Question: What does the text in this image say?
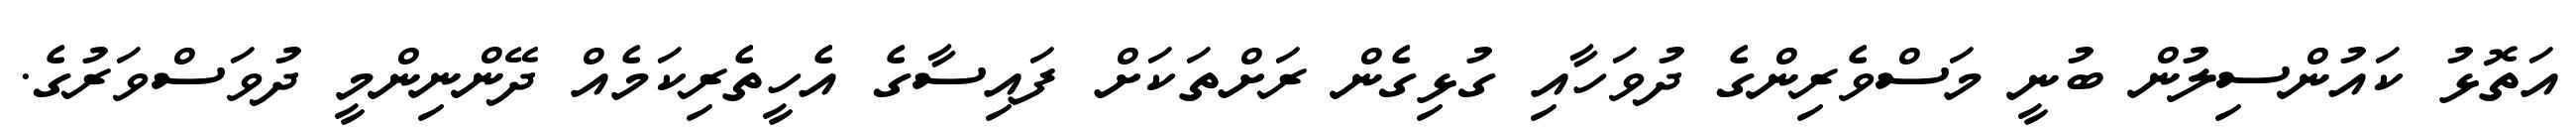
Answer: އަތޮޅު ކައުންސިލުން ބުނީ މަސްވެރިންގެ ދުވަހާއި ގުޅިގެން ރަށްތަކަށް ފައިސާގެ އެހީތެރިކަމެއް ދޭންނިންމީ ދުވަސްވަރުގެ.